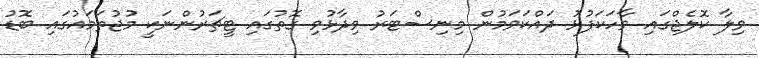
ވިލާ ކޮލެޖްގައި ވާހަކަފުޅު ދައްކަވަމުން މިނިސްޓަރު ވިދާޅުވި ގޮތުގައި ޓީޗަރުންނަކީ މުޖުތަމައުގައި ބޮޑު